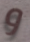
و